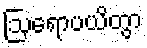
ဩရောပယိတွာ